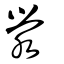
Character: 滎